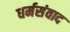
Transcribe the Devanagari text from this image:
धर्मसंवाद